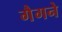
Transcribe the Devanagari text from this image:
गैगने